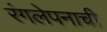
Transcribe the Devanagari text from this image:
रंगलेपनाची